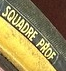
SQUADRE PROF